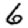
Digit: 6